Burma Government Medical School reports 1907-22
Year: 1907
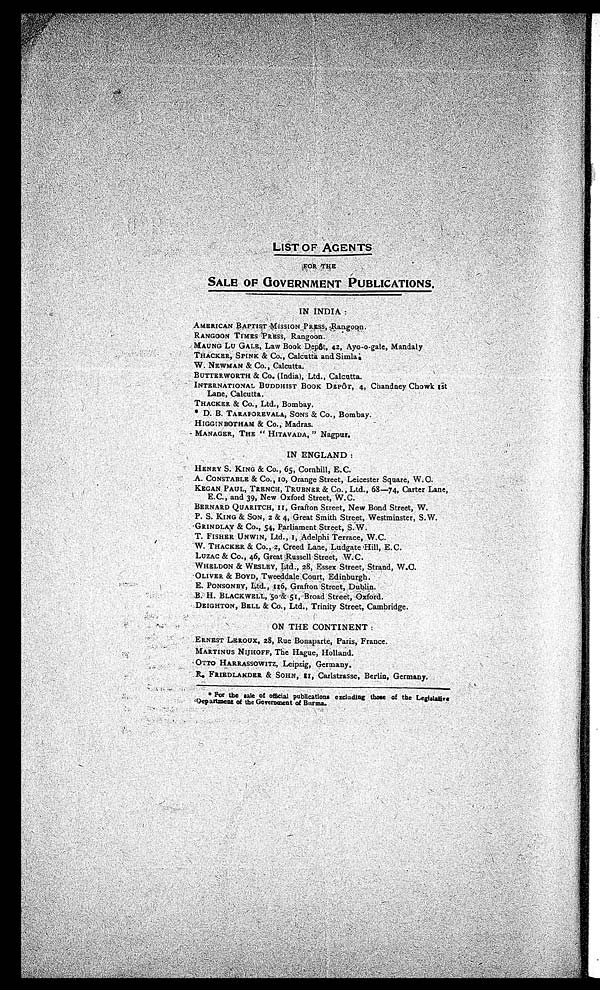
LIST OF AGENTS
F
OR THE
SALE OF GOVERNMENT PUBLICATIONS.
IN INDIA :
AMERICAN BAPTIST MISSION PRESS, Rangoon.
RANGOON TIMES PRESS, Rangoon.
MAUNG LU GALE, Law Book Depôt, 42, Ayo-o-gale, Mandaly
THACKER, SPINK & Co., Calcutta and Simla
.
W. NEWMAN & Co., Calcutta.
BUTTERWORTH & Co. (India), Ltd., Calcutta.
INTERNATIONAL BUDDHIST BOOK DEPÔT, 4, Chandney Chowk
1st Lane, Calcutta.
THACKER & Co., Ltd., Bombay.
* D. B. TARAPOREVALA, SONS & Co., Bombay.
HIGGINBOTHAM & Co., Madras.
MANAGER, THE "HITAVAD," Nagpur.
IN ENGLAND:
HENRY S. KING & Co., 65, Cornhill, E.C.
A. CONSTABLE & Co., 10, Orange Street, Leicester Square, W .C.
KEGAN PAUL, TRENCH, TRUBNER & Co., Ltd., 68—74, Carter Lane,
E.C., and 39, New Oxford Street, W.C.
BERNARD QUARITCH, 11, Grafton Street, New Bond Street, W.
P. S. KING & SON, 2 & 4, Great Smith Street, Westminster, S.W.
GRINDLAY & Co., 54, Parliament, Street, S.W.
T. FISHER UNWIN, Ltd., I , Adelphi Terrace, W.C.
W. THACKER & Co., 2, Creed Lane, Ludgate Hill, E.C.
LUZAC & CO., 46, Great Russell Street, W.C.
WHELDON & WESLEY, Ltd., 28, Essex Street, Strand, W.C.
OLIVER & BOYD, Tweeddale Court, Edinburgh.
E. PONSONBY, Ltd., 116, Grafton Street, Dublin.
B. H. BLACKWELL, 50 & 51, Broad Street, Oxford.
DEIGHTON, BELL & Co., Ltd., Trinity Street, Cambridge.
ON THE CONTINENT:
ERNEST LEROUX, 28, Rue Bonaparte, Paris, France.
MARTINUS NIJHOFF, The Hague, Holland.
OTTO HARRASSOWITZ, Leipzig, Germany.
R. FRIEDLANDER & SOHN, 11, Carlstrasse, Berlin, Germany.
*For the sale of official publications excluding those of the Legislative
Department of the Government of Burma.